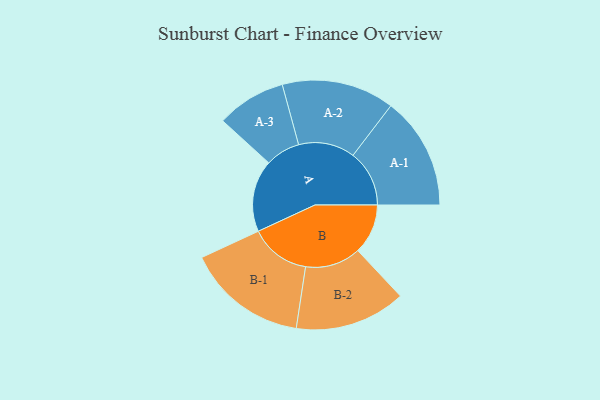
{"axis": {"x": "Segment", "y": "Value"}, "legend": ["", "A", "B"], "data": [{"x": "A", "y": 346, "type": ""}, {"x": "B", "y": 241, "type": ""}, {"x": "A-1", "y": 271, "type": "A"}, {"x": "A-2", "y": 271, "type": "A"}, {"x": "A-3", "y": 167, "type": "A"}, {"x": "B-1", "y": 291, "type": "B"}, {"x": "B-2", "y": 267, "type": "B"}]}